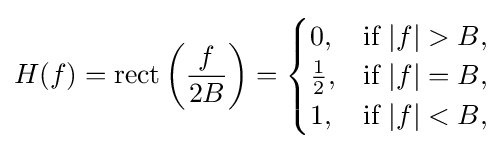
H(f)=\operatorname {rect} \left({\frac {f}{2B}}\right)={\begin{cases}0,&{\text{if }}|f|>B,\\{\frac {1}{2}},&{\text{if }}|f|=B,\\1,&{\text{if }}|f|<B,\end{cases}}